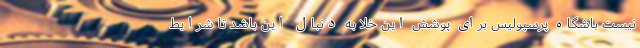
نیست باشگاه پرسپولیس برای پوشش این خلا به دنبال این باشد تا شرایط